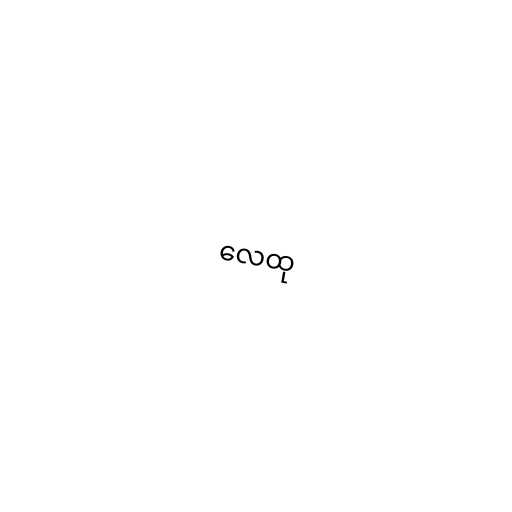
လေထု